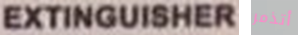
EXTINGUISHER أتذمر